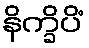
နိက္ခိပိံ